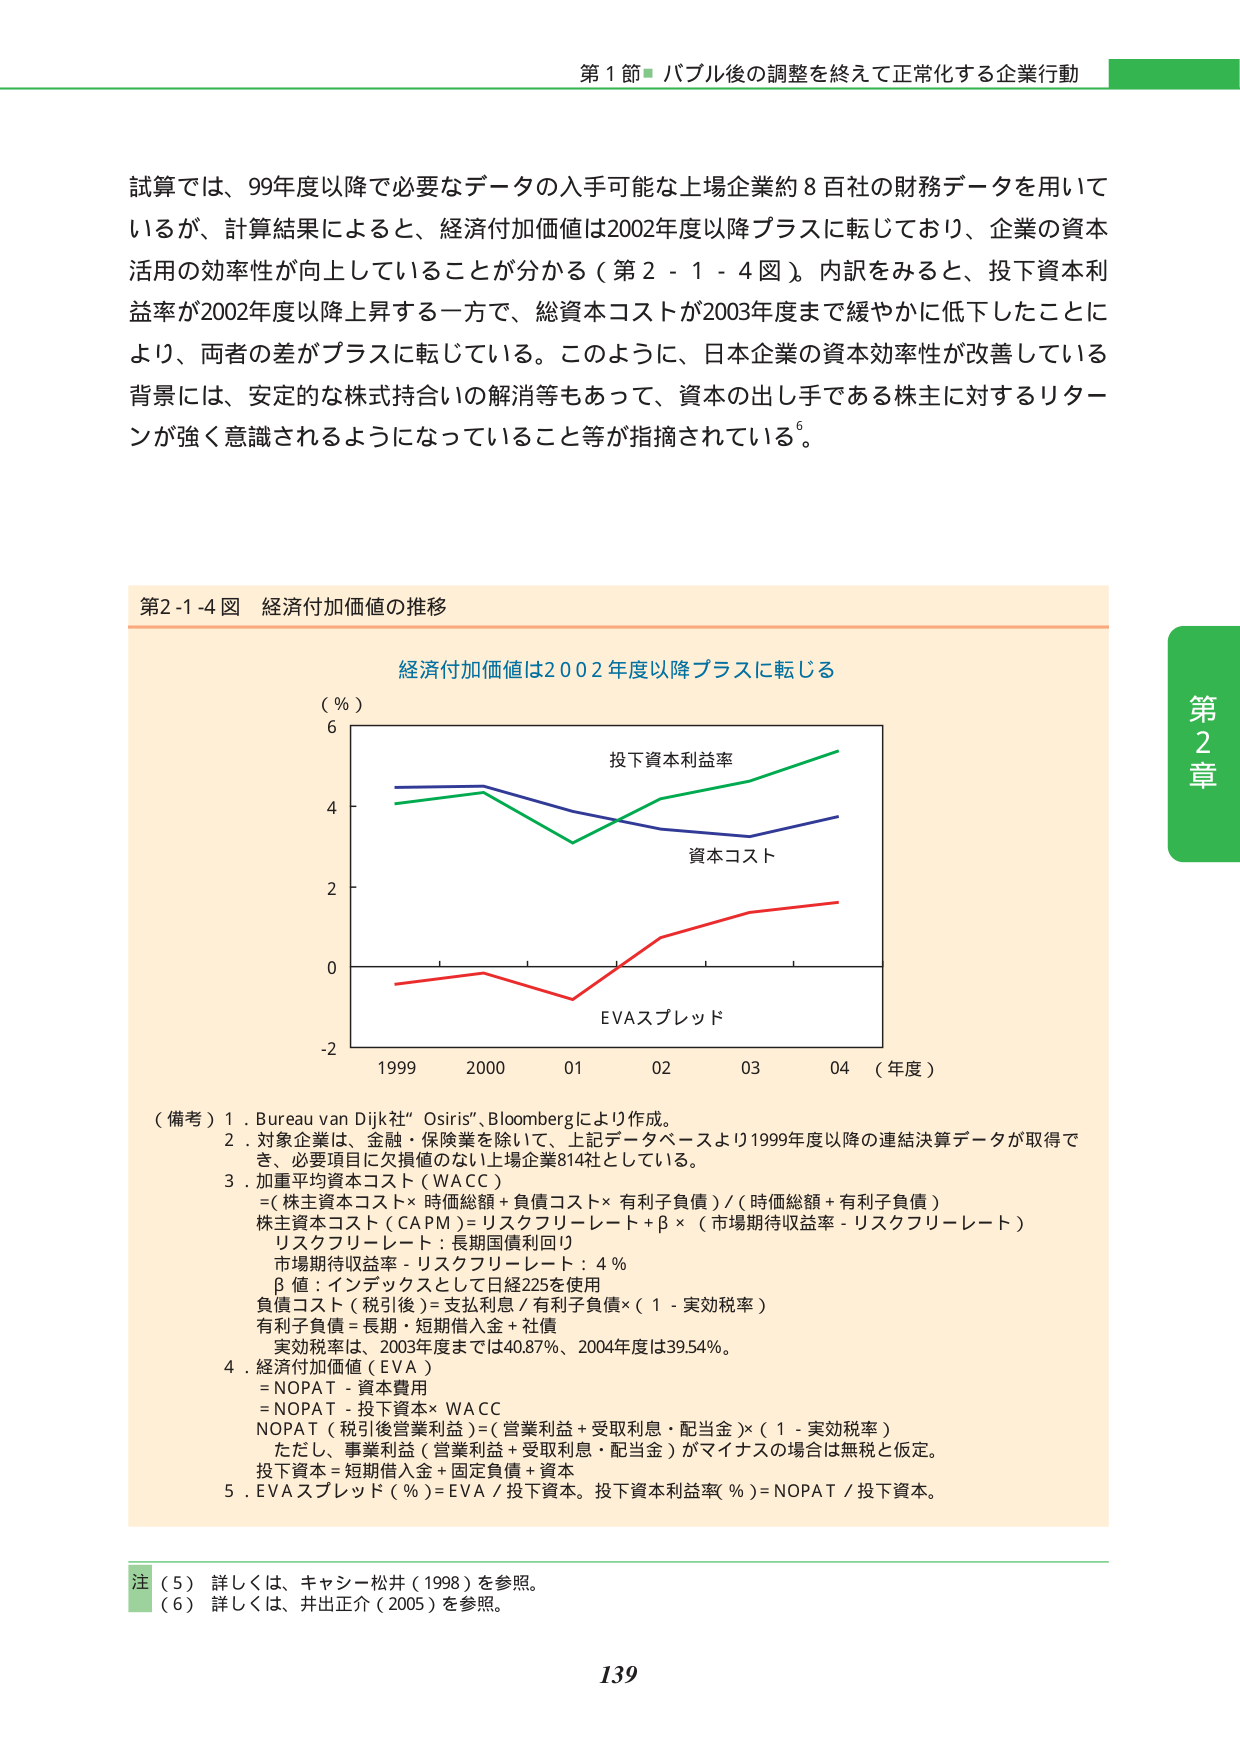
第１節 バブル後の調整を終えて正常化する企業行動

試算では、99年度以降で必要なデータの入手可能な上場企業約８百社の財務データを用いているが、計算結果によると、経済付加価値は2002年度以降プラスに転じており、企業の資本活用の効率性が向上していることが分かる（第2-1-4図）。内訳をみると、投下資本利益率が2002年度以降上昇する一方で、総資本コストが2003年度まで緩やかに低下したことにより、両者の差がプラスに転じている。このように、日本企業の資本効率性が改善している背景には、安定的な株式持合いの解消等もあって、資本の出し手である株主に対するリターンが強く意識されるようになっていること等が指摘されている⁶。

第2-1-4図 経済付加価値の推移

経済付加価値は2002年度以降プラスに転じる

（％）
6
4
2
0
-2

投下資本利益率
資本コスト
EVAスプレッド

1999 2000 01 02 03 04 （年度）

（備考）1．Bureau van Dijk社“Osiris”、Bloombergにより作成。
2．対象企業は、金融・保険業を除いて、上記データベースより1999年度以降の連結決算データが取得でき、必要項目に欠損値のない上場企業814社としている。
3．加重平均資本コスト（WACC）
＝（株主資本コスト×時価総額＋負債コスト×有利子負債）／（時価総額＋有利子負債）
株主資本コスト（CAPM）＝リスクフリーレート＋β×（市場期待収益率－リスクフリーレート）
リスクフリーレート：長期国債利回り
市場期待収益率－リスクフリーレート：4％
β値：インデックスとして日経225を使用
負債コスト（税引後）＝支払利息／有利子負債×（1－実効税率）
有利子負債＝長期・短期借入金＋社債
実効税率は、2003年度までは40.87％、2004年度は39.54％。
4．経済付加価値（EVA）
＝NOPAT－資本費用
＝NOPAT－投下資本×WACC
NOPAT（税引後営業利益）＝（営業利益＋受取利息・配当金）×（1－実効税率）
ただし、事業利益（営業利益＋受取利息・配当金）がマイナスの場合は無税と仮定。
投下資本＝短期借入金＋固定負債＋資本
5．EVAスプレッド（％）＝EVA／投下資本。投下資本利益率（％）＝NOPAT／投下資本。

注（5）詳しくは、キャシー・松井（1998）を参照。
（6）詳しくは、井出正介（2005）を参照。

第2章

139